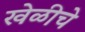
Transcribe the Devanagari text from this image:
खेळीचे